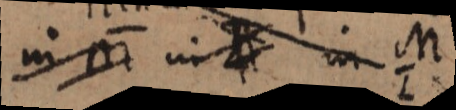
in M in _ in M